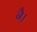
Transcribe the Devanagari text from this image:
नै।